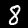
Digit: 8